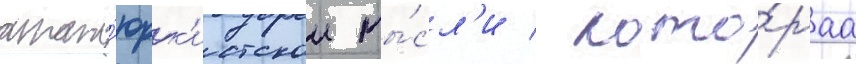
атат'юрк'истскои мы́сл'и / кото́раа